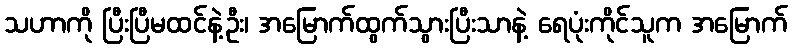
သဟာကို ပြီးပြီမထင်နဲ့ဦး၊ အမြောက်ထွက်သွားပြီးသာနဲ့ ရေပုံးကိုင်သူက အမြောက်